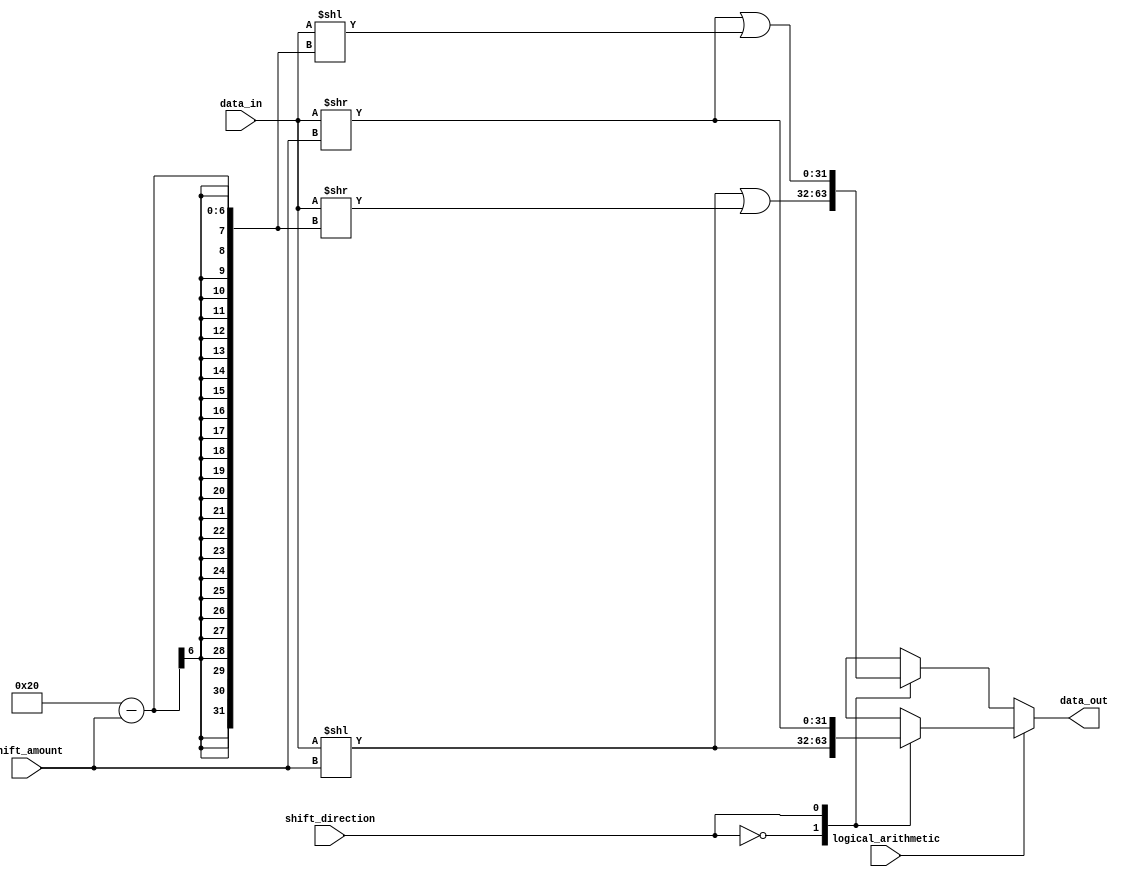
module barrel_shifter (
    input [31:0] data_in,
    input [4:0] shift_amount,
    input shift_direction,
    input logical_arithmetic,
    output reg [31:0] data_out
);

reg [31:0] shifted_data;
assign data_out = shifted_data;

always @(*) begin
    if (logical_arithmetic) begin
        case (shift_direction)
            1'b0: shifted_data = data_in << shift_amount;
            1'b1: shifted_data = data_in >> shift_amount;
        endcase
    end else begin
        case (shift_direction)
            1'b0: shifted_data = (data_in << shift_amount) | (data_in >> (32 - shift_amount));
            1'b1: shifted_data = (data_in >> shift_amount) | (data_in << (32 - shift_amount));
        endcase
    end
end

endmodule